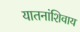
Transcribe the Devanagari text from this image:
यातनांशिवाय